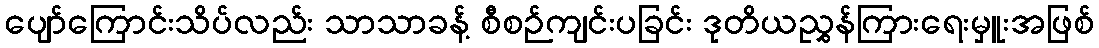
ပျော်ကြောင်းသိပ်လည်း သာသာခန့် စီစဉ်ကျင်းပခြင်း ဒုတိယညွှန်ကြားရေးမှူးအဖြစ်